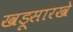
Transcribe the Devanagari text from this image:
खडूसारखे